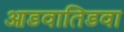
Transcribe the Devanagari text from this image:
आडवातिडवा